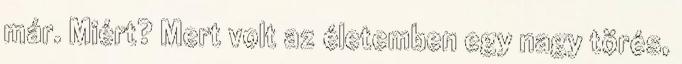
már. Miért? Mert volt az életemben egy nagy törés,